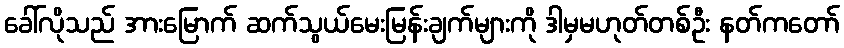
ခေါ်လိုသည် အားမြောက် ဆက်သွယ်မေးမြန်းချက်များကို ဒါမှမဟုတ်တစ်ဦး နတ်ကတော်